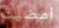
امضيت